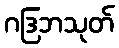
ဂဒြဘသုတ်